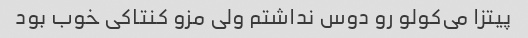
پیتزا می‌کولو رو دوس نداشتم ولی مزو کنتاکی خوب بود